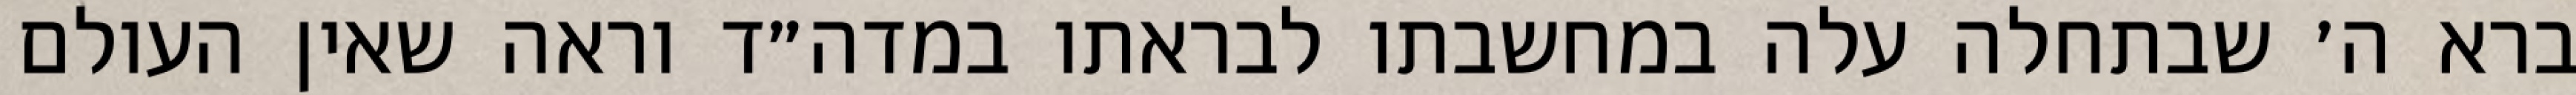
ברא ה׳ שבתחלה עלה במחשבתו לבראתו במדה״ד וראה שאין העולם